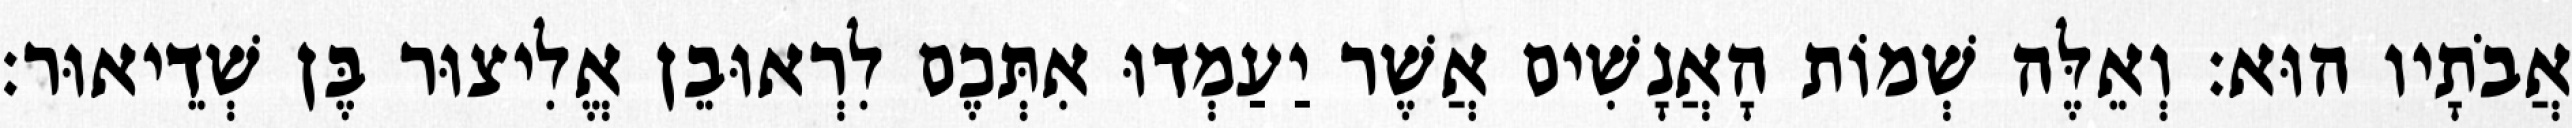
אֲבֹתָיו הוּא׃ וְאֵלֶּה שְׁמוֹת הָאֲנָשִׁים אֲשֶׁר יַעַמְדוּ אִתְּכֶם לִרְאוּבֵן אֱלִיצוּר בֶּן שְׁדֵיאוּר׃